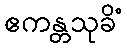
ဧကန္တသုခိံ